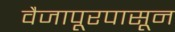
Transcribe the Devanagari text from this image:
वैजापूरपासून